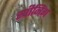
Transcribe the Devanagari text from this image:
स्पीनिंग